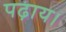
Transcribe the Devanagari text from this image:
पढ़ाय।